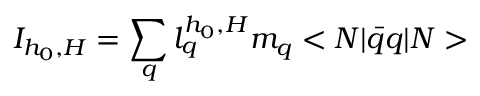
I _ { h _ { 0 } , H } = \sum _ { q } l _ { q } ^ { h _ { 0 } , H } m _ { q } < N | \bar { q } q | N >